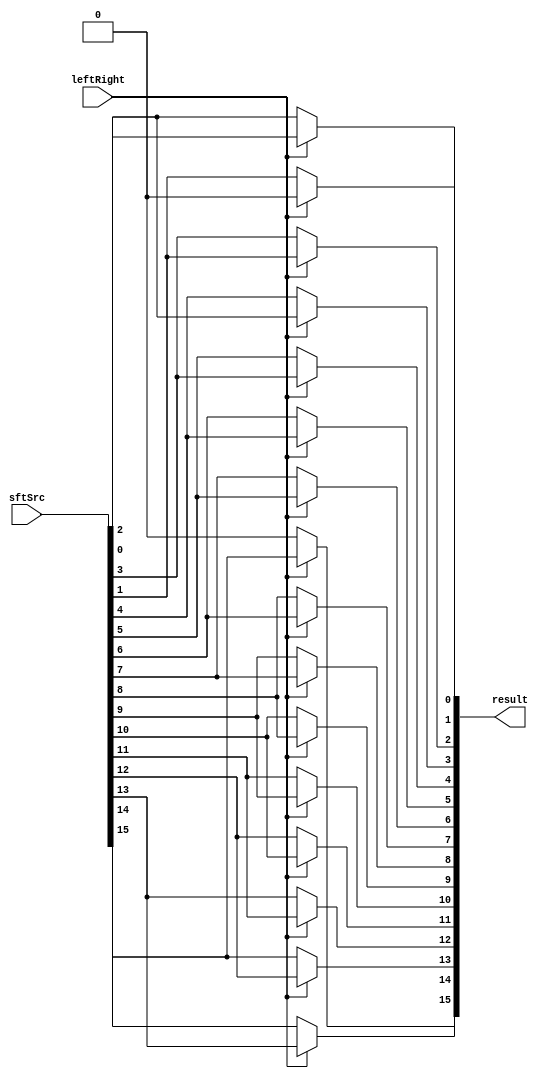
module Shifter( result, leftRight, sftSrc );
    
  output wire[15:0] result;

  input wire leftRight;
  input wire[15:0] sftSrc;
  
  ////////////////////////////////////////////////////////  15   Muxes ///////////////////////////////////////////////////////////////////////////////////////
  assign result[0] = leftRight ? 1'b0 : sftSrc[1];           //  if leftRight is 1, shift left 1 bit, else shift right 1 bit
  assign result[1] = leftRight ? sftSrc[0] : sftSrc[2];   
  assign result[2] = leftRight ? sftSrc[1] : sftSrc[3];   
  assign result[3] = leftRight ? sftSrc[2] : sftSrc[4];   
  assign result[4] = leftRight ? sftSrc[3] : sftSrc[5];   
  assign result[5] = leftRight ? sftSrc[4] : sftSrc[6];   
  assign result[6] = leftRight ? sftSrc[5] : sftSrc[7];   
  assign result[7] = leftRight ? sftSrc[6] : sftSrc[8];   
  assign result[8] = leftRight ? sftSrc[7] : sftSrc[9];   
  assign result[9] = leftRight ? sftSrc[8] : sftSrc[10];   
  assign result[10] =leftRight ? sftSrc[9] : sftSrc[11];  
  assign result[11] = leftRight ? sftSrc[10] : sftSrc[12];
  assign result[12] = leftRight ? sftSrc[11] : sftSrc[13];
  assign result[13] = leftRight ? sftSrc[12] : sftSrc[14];
  assign result[14] = leftRight ? sftSrc[13] : sftSrc[15];
  assign result[15] = leftRight ? sftSrc[14] : 1'b0;   
  ////////////////////////////////////////////////////////////////////////////////////////////////////////////////////////////////////////////////////////////////////////


endmodule